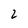
Character: 2